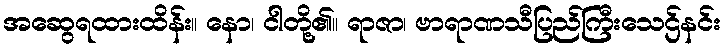
အဆွေရထားထိန်း။ နော၊ ငါတို့၏။ ရာဇာ၊ ဗာရာဏသီပြည်ကြီးသေဌ်နင်း